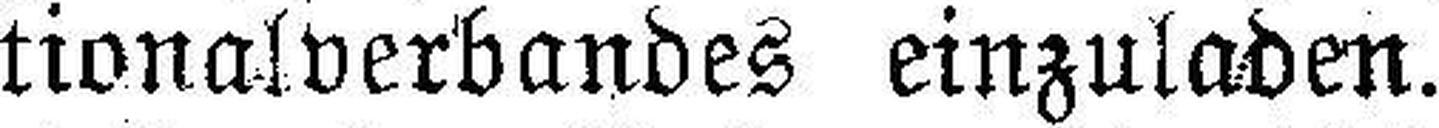
tionalverbandes einzuladen.